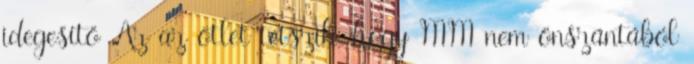
idegesítő Az az ötlet tetszik, hogy MM nem önszántából